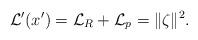
LaTeX: \begin{align*}\mathcal{L}'(x') = \mathcal{L}_R + \mathcal{L}_p = \|\zeta\|^2.\end{align*}